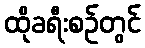
ထိုခရီးစဉ်တွင်